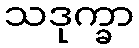
သဒုက္ခာ